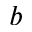
b